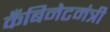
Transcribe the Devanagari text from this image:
कँबिनेटमंत्री